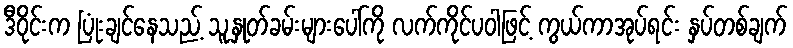
ဒီဝိုင်းက ပြုံးချင်နေသည့် သူ့နှုတ်ခမ်းများပေါ်ကို လက်ကိုင်ပဝါဖြင့် ကွယ်ကာအုပ်ရင်း နှပ်တစ်ချက်